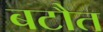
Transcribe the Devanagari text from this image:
बटौत